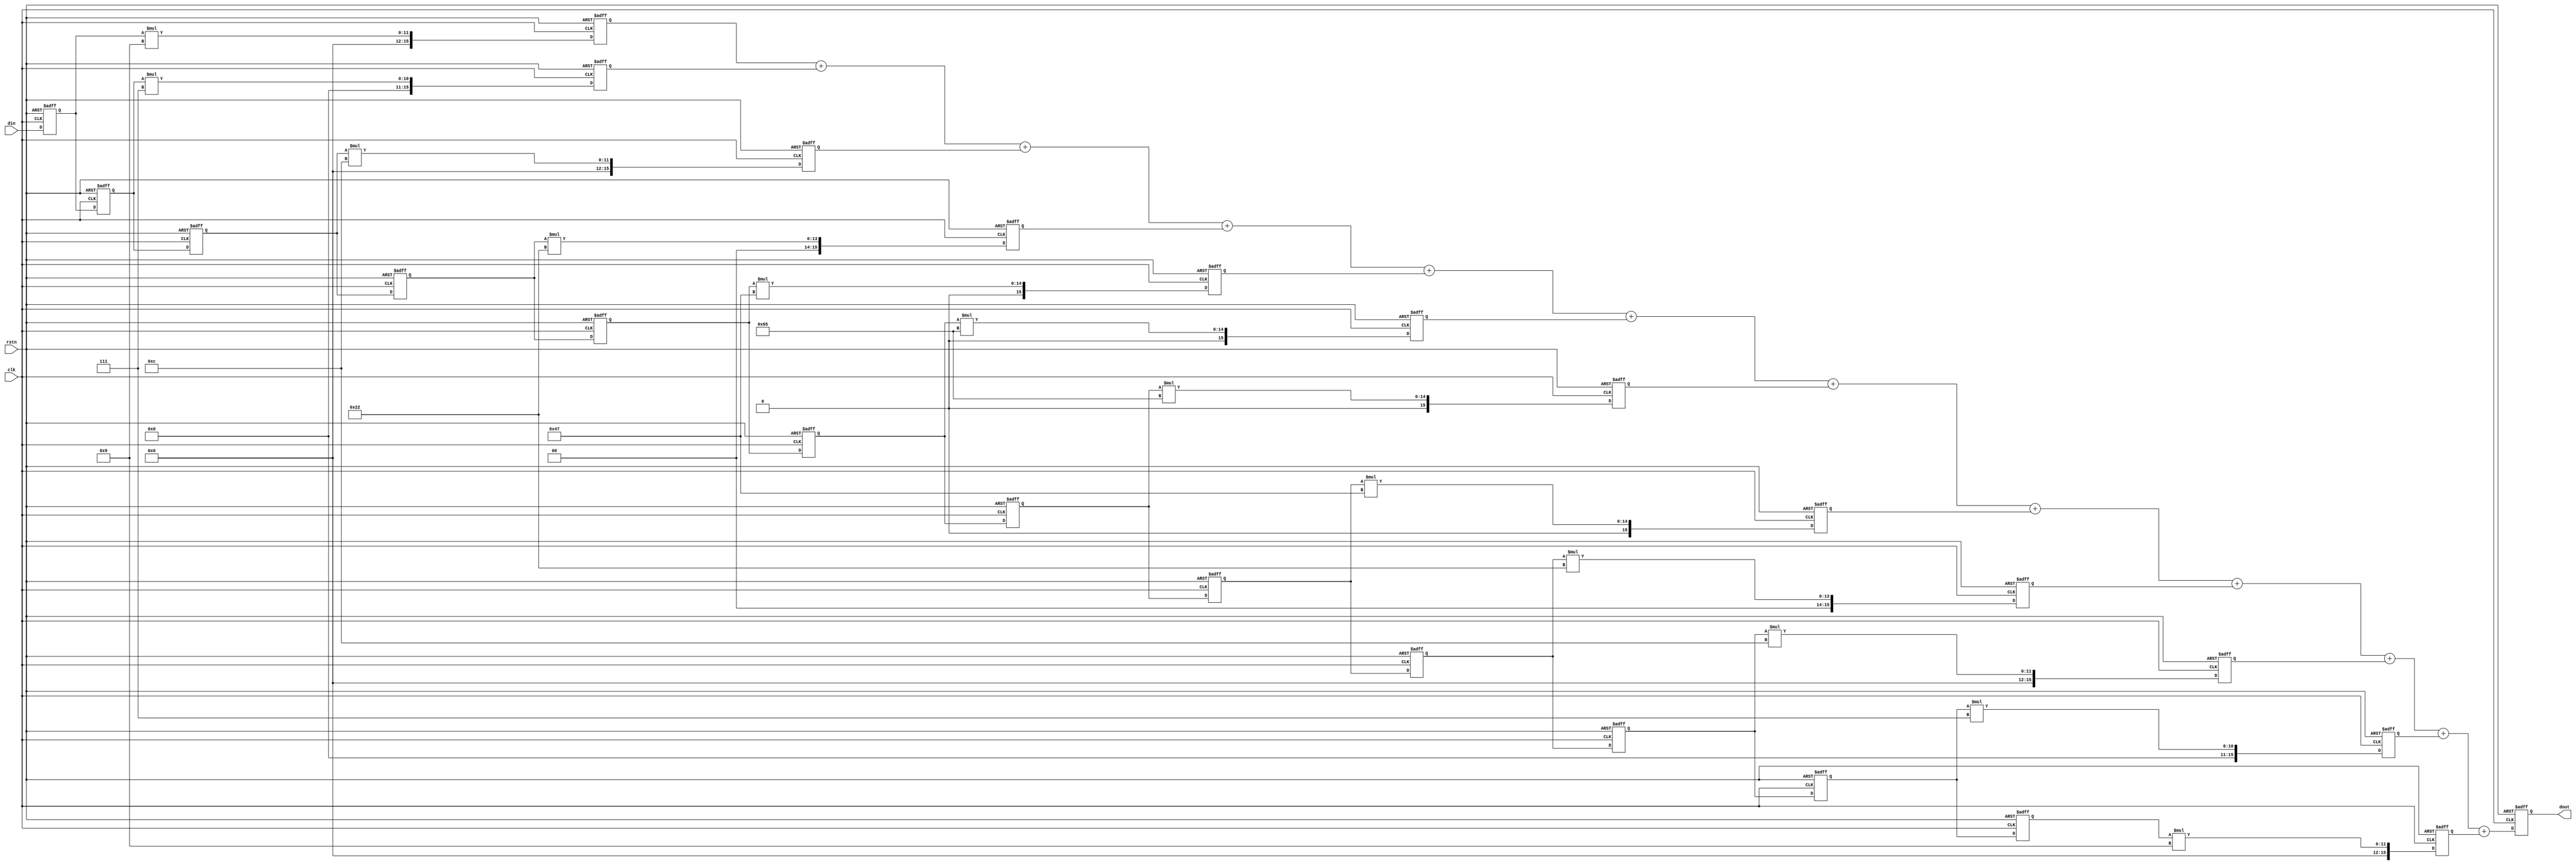
module fir 
#(
  localparam IWIDTH   = 8,
  localparam OWIDTH   = 16  
)
(
  input                       clk,
  input                       rstn,
  input       [IWIDTH - 1:0]  din,
  
  output reg  [OWIDTH:0]      dout
);

  reg [IWIDTH - 1:0]  delay1;
  reg [IWIDTH - 1:0]  delay2;
  reg [IWIDTH - 1:0]  delay3;
  reg [IWIDTH - 1:0]  delay4;
  reg [IWIDTH - 1:0]  delay5;
  reg [IWIDTH - 1:0]  delay6;
  reg [IWIDTH - 1:0]  delay7;
  reg [IWIDTH - 1:0]  delay8;
  reg [IWIDTH - 1:0]  delay9;
  reg [IWIDTH - 1:0]  delay10;
  reg [IWIDTH - 1:0]  delay11;
  reg [IWIDTH - 1:0]  delay12;

  reg [IWIDTH - 1:0]  coeff1  = 8'd9;
  reg [IWIDTH - 1:0]  coeff2  = 8'd7;
  reg [IWIDTH - 1:0]  coeff3  = 8'd12;
  reg [IWIDTH - 1:0]  coeff4  = 8'd34;
  reg [IWIDTH - 1:0]  coeff5  = 8'd71;
  reg [IWIDTH - 1:0]  coeff6  = 8'd101;
  reg [IWIDTH - 1:0]  coeff7  = 8'd101;
  reg [IWIDTH - 1:0]  coeff8  = 8'd71;
  reg [IWIDTH - 1:0]  coeff9  = 8'd34;
  reg [IWIDTH - 1:0]  coeff10 = 8'd12;
  reg [IWIDTH - 1:0]  coeff11 = 8'd7;
  reg [IWIDTH - 1:0]  coeff12 = 8'd9;

  reg [OWIDTH - 1:0]  dmul1;
  reg [OWIDTH - 1:0]  dmul2;
  reg [OWIDTH - 1:0]  dmul3;
  reg [OWIDTH - 1:0]  dmul4;
  reg [OWIDTH - 1:0]  dmul5;
  reg [OWIDTH - 1:0]  dmul6;
  reg [OWIDTH - 1:0]  dmul7;
  reg [OWIDTH - 1:0]  dmul8;
  reg [OWIDTH - 1:0]  dmul9;
  reg [OWIDTH - 1:0]  dmul10;
  reg [OWIDTH - 1:0]  dmul11;
  reg [OWIDTH - 1:0]  dmul12;

  //y(n) = h(n)*x(n)
  //输入信号延迟
  always@(posedge clk or negedge rstn) begin
    if(!rstn) begin
      delay1  <= 8'd0;
      delay2  <= 8'd0;
      delay3  <= 8'd0;
      delay4  <= 8'd0;
      delay5  <= 8'd0;
      delay6  <= 8'd0;
      delay7  <= 8'd0;
      delay8  <= 8'd0;
      delay9  <= 8'd0;
      delay10 <= 8'd0;
      delay11 <= 8'd0;
      delay12 <= 8'd0;
    end
    else begin
      delay1  <=  din;
      delay2  <=  delay1;
      delay3  <=  delay2;
      delay4  <=  delay3;
      delay5  <=  delay4;
      delay6  <=  delay5;
      delay7  <=  delay6;
      delay8  <=  delay7;
      delay9  <=  delay8;
      delay10 <=  delay9;
      delay11 <=  delay10;
      delay12 <=  delay11;
    end
  end

  always@(posedge clk or negedge rstn) begin
    if(!rstn) dmul1 <= 16'd0;
    else      dmul1 <= delay1 * coeff1;
  end

  always@(posedge clk or negedge rstn) begin
    if(!rstn) dmul2 <= 16'd0;
    else      dmul2 <= delay2 * coeff2;
  end
  
  always@(posedge clk or negedge rstn) begin
    if(!rstn) dmul3 <= 16'd0;
    else      dmul3 <= delay3 * coeff3;
  end

  always@(posedge clk or negedge rstn) begin
    if(!rstn) dmul4 <= 16'd0;
    else      dmul4 <= delay4 * coeff4;
  end

  always@(posedge clk or negedge rstn) begin
    if(!rstn) dmul5 <= 16'd0;
    else      dmul5 <= delay5 * coeff5;
  end

  always@(posedge clk or negedge rstn) begin
    if(!rstn) dmul6 <= 16'd0;
    else      dmul6 <= delay6 * coeff6;
  end

  always@(posedge clk or negedge rstn) begin
    if(!rstn) dmul7 <= 16'd0;
    else      dmul7 <= delay7 * coeff7;
  end

  always@(posedge clk or negedge rstn) begin
    if(!rstn) dmul8 <= 16'd0;
    else      dmul8 <= delay8 * coeff8;
  end

  always@(posedge clk or negedge rstn) begin
    if(!rstn) dmul9 <= 16'd0;
    else      dmul9 <= delay9 * coeff9;
  end

  always@(posedge clk or negedge rstn) begin
    if(!rstn) dmul10 <= 16'd0;
    else      dmul10 <= delay10 * coeff10;
  end

  always@(posedge clk or negedge rstn) begin
    if(!rstn) dmul11 <= 16'd0;
    else      dmul11 <= delay11 * coeff11;
  end

  always@(posedge clk or negedge rstn) begin
    if(!rstn) dmul12 <= 16'd0;
    else      dmul12 <= delay12 * coeff12;
  end

  always@(posedge clk or negedge rstn) begin
    if(!rstn) dout  <= 17'd0;
    else      dout  <= dmul1 + dmul2 + dmul3 + dmul4 + dmul5 + dmul6 + dmul7 + dmul8 + dmul9 + dmul10 + dmul11 + dmul12;
  end

endmodule